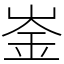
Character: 崟